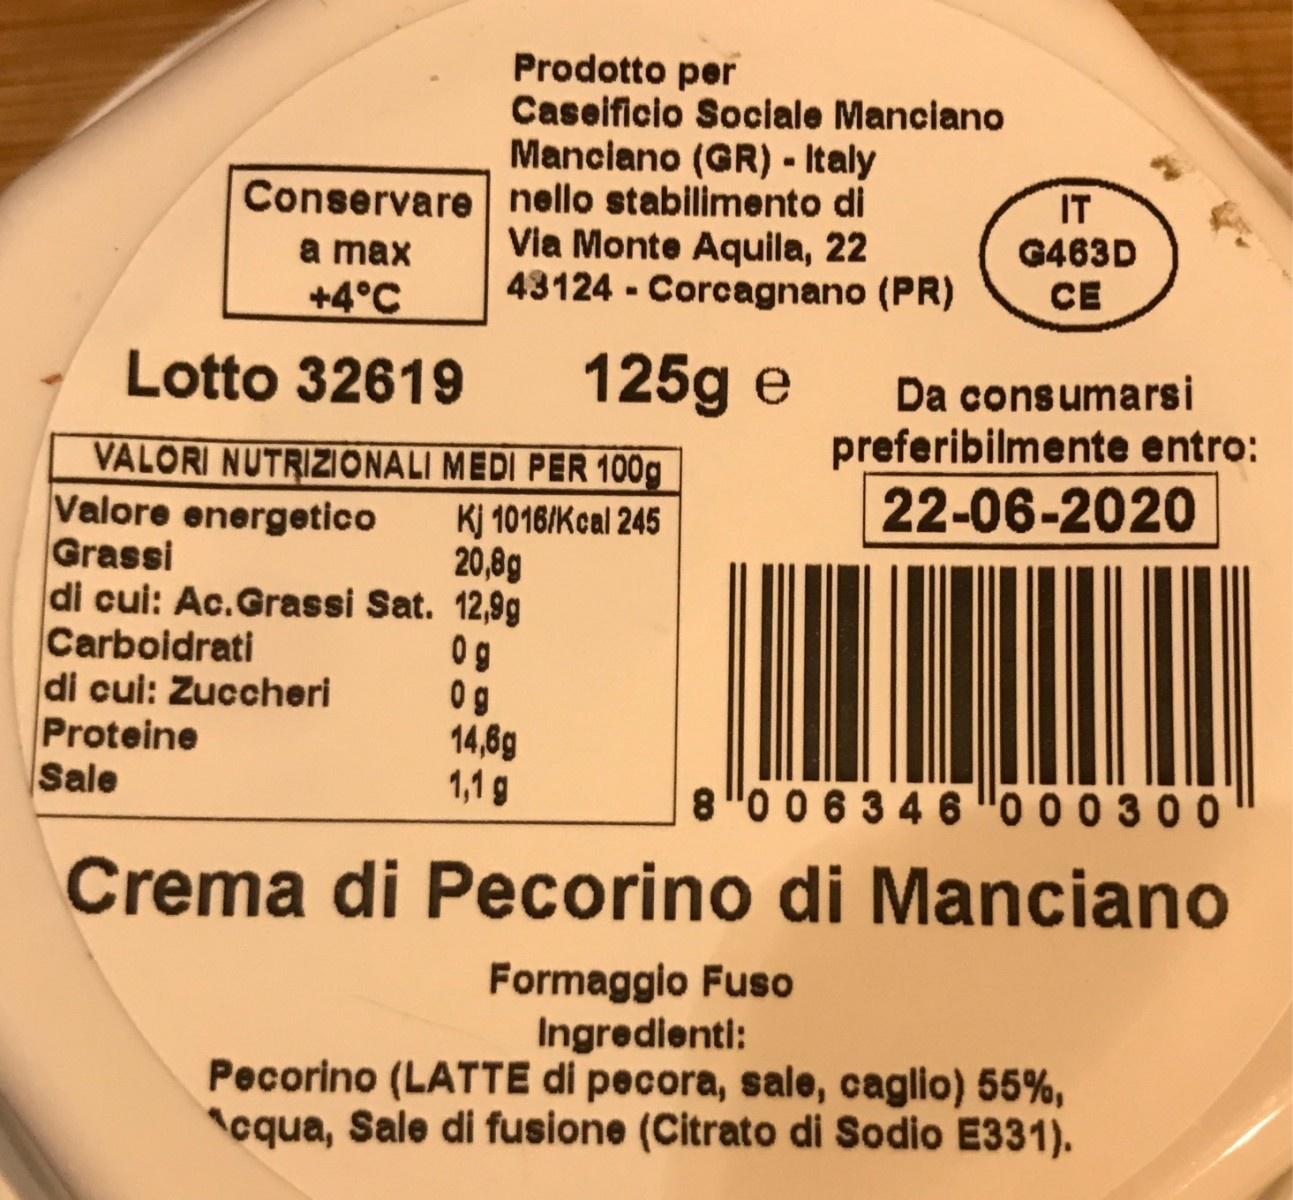
Prodotto per Caseificio Sociale Manciano Manciano (GR) - Italy
Conservare nello stabilimento di
Via Monte Aquila, 22 43124 - Corcagnano (PR)
IT G463D CE
a max
+4°C
Lotto 32619
125g e
Da consumarsi
preferibilmente entro: 22-06-2020
VALORI NUTRIZIONALI MEDI PER 100g Valore energetico Grassi di cui: Ac.Grassi Sat. 12,9g Carboidrati di cui: Zuccheri Proteine Sale
Kj 1016/Kcal 245 20,8g
0g 0g 14,6g 1,1 g
8 "0 0634 6 "o 0 0 3 0 0
Crema di Pecorino di Manciano
Formaggio Fuso Ingredienti: Pecorino (LATTE di pecora, sale, caglio) 55%, cqua, Sale di fusione (Citrato di Sodio E331).